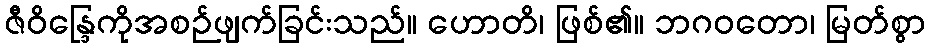
ဇီဝိန္ဒြေကိုအစဉ်ဖျက်ခြင်းသည်။ ဟောတိ၊ ဖြစ်၏။ ဘဂဝတော၊ မြတ်စွာ